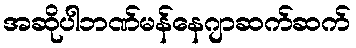
အဆိုပါဘဏ်မန်နေဂျာဆက်ဆက်